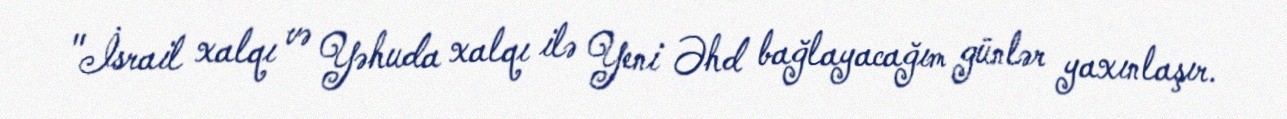
"İsrail xalqı və Yəhuda xalqı ilə Yeni Əhd bağlayacağım günlər yaxınlaşır.